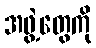
အဖွဲ့တွေကို